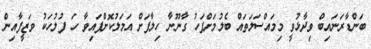
ބަންޑާރަނައިބް ވިދާޅުވީ މިމައްސަލަތައް ބެލުމަށްފަހު ގާނޫނާ ހިލާފަށް އަމަލުކޮށްފައިވާ ހަ ފުލުހަކު ވަޒީފާއިން